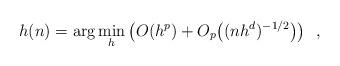
LaTeX: \begin{align*}h(n) = \arg\min_h \left( O(h^p) + O_p\big((nh^d)^{-1/2}\big) \right) \enspace ,\end{align*}